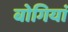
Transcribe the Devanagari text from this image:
बोगियां